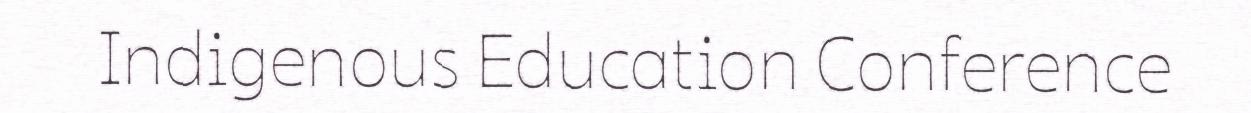
Indigenous Education Conference